Continuation classes, 1926
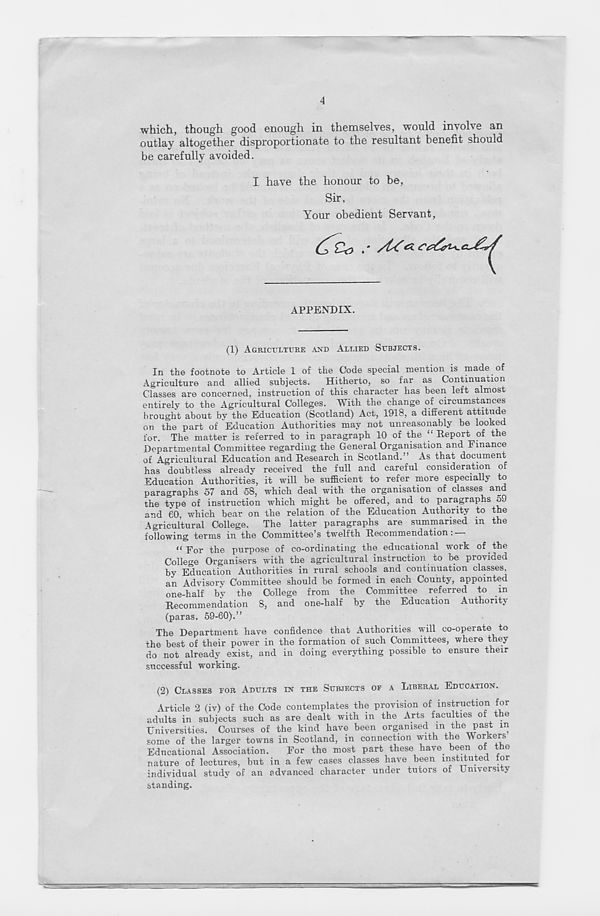
4
which, though good enough in themselves, would involve an
outlay altogether disproportionate to the resultant benefit should
be carefully avoided.
I have the honour to be,
Sir,
Your obedient Servant,
APPENDIX.
(1) AGBICTJXTITBE AND ALLIED SUBJECTS.
In the footnote to Article 1 of the Code special mention is made of
Agriculture and allied subjects. Hitherto, so far as Continuation
Classes are concerned, instruction of this character has been left almost
entirely to the Agricultural Colleges. With the change of circumstances
brought about bv the Education (Scotland) Act, 1918, a different attitude
on the part of Education Authorities may not unreasonably be looked
for. The matter is referred to in paragraph 10 of the “ Report of the
Departmental Committee regarding the General Organisation and Finance
of Agricultural Education and Research in Scotland.” As that document
has doubtless already received the full and careful consideration of
Education Authorities, it will be sufficient to refer more especially to
paragraphs 57 and 5S, which deal with the organisation of classes and
the type of instruction which might be offered, and to paragraphs 59
and 60 which bear on the relation of the Education Authority to the
Agricultural College. The latter paragraphs are summarised in the
following terms in the Committee’s twelfth Recommendation: —
“ For the purpose of co-ordinating the educational vork of the
College Organisers with the agricultural instruction to be provided
by Education Authorities in rural schools and continuation classes,
an Advisory Committee should be formed in each County, appointed
one-half by the College from the Committee referred to in
Recommendation 8, and one-half by the Education Authority
(paras. 59-60).”
The Department have confidence that Authorities will co-operate to
the best of their power in the formation of such Committees, where they
do not already exist, and in doing everything possible to ensure their
successful working.
(2) CLASSES EOR ADULTS IN THE SUBJECTS OF A LIBERAL EDUCATION.
Article 2 (iv) of the Code contemplates the provision of instruction for
adults in subjects such as are dealt with in the Arts faculties of the
Universities. Courses of the kind have been organised in the past in
some of the larger towns in Scotland, in connection with the Workers
Educational Association.
For the most part these have been of the
nature of lectures, but in a few cases classes have been instituted tor
individual study of an advanced character under tutors of Umversi y
standing.